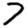
Digit: 7